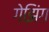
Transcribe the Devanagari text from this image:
गेझिंग